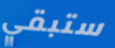
ستبقي